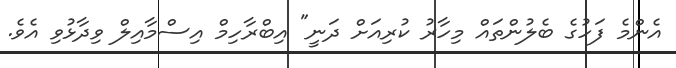
އެންމެ ފަހުގެ ބެލުންތައް މިހާރު ކުރިއަށް ދަނީ" އިބްރާހިމް އިސްމާއިލް ވިދާޅުވި އެވެ.